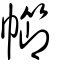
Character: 幯